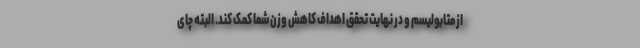
از متابولیسم و در نهایت تحقق اهداف کاهش وزن شما کمک کند. البته چای